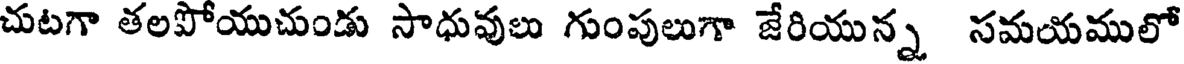
చుటగా తలపోయుచుండు సాధువులు గుంపులుగా జేరియున్న సమయములో